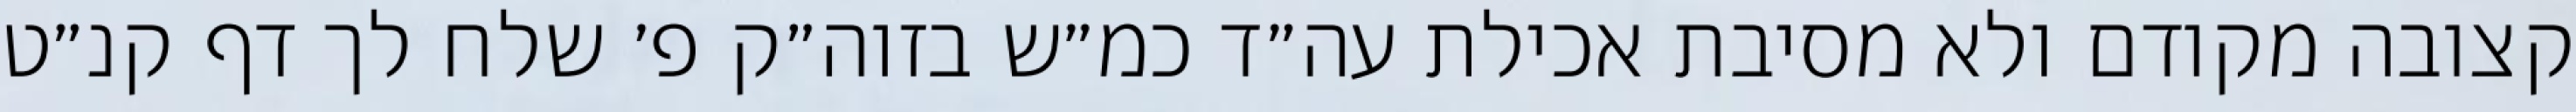
קצובה מקודם ולא מסיבת אכילת עה״ד כמ״ש בזוה״ק פ׳ שלח לך דף קנ״ט